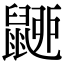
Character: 𪕚